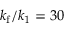
k _ { \mathrm { f } } / k _ { 1 } = 3 0